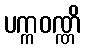
ပက္ကဝဏ္ဏိ